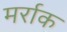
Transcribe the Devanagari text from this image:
मर्राक